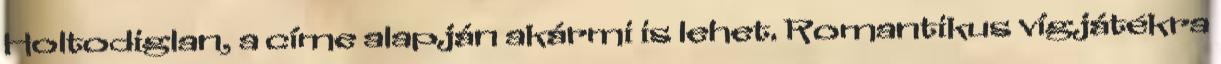
Holtodiglan, a címe alapján akármi is lehet. Romantikus vígjátékra